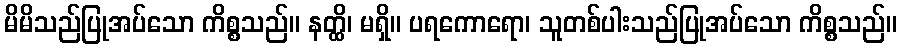
မိမိသည်ပြုအပ်သော ကိစ္စသည်။ နတ္ထိ၊ မရှိ။ ပရကောရော၊ သူတစ်ပါးသည်ပြုအပ်သော ကိစ္စသည်။